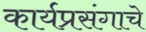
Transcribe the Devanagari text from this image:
कार्यप्रसंगाचे